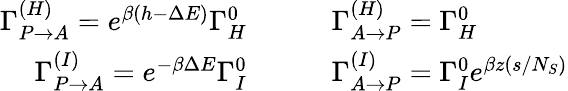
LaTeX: \begin{array}{rl}{\Gamma_{P\to A}^{(H)}=e^{\beta(h-\Delta E)}\Gamma_{H}^{0}\quad\quad}&{\Gamma_{A\to P}^{(H)}=\Gamma_{H}^{0}}\\ {\Gamma_{P\to A}^{(I)}=e^{-\beta\Delta E}\Gamma_{I}^{0}\quad\quad}&{\Gamma_{A\to P}^{(I)}=\Gamma_{I}^{0}e^{\beta z(s/N_{S})}}\end{array}